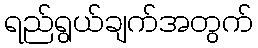
ရည်ရွယ်ချက်အတွက်